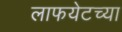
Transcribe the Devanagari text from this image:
लाफयेटच्या